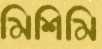
মিশিমি